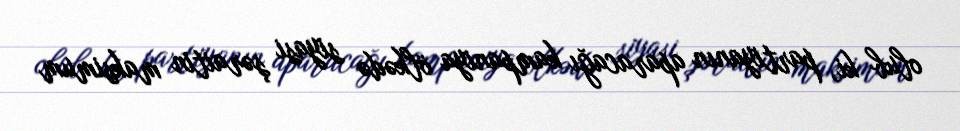
olub ki, partiyanın aparacağı kampaniya ölkədə siyasi şəraitin maksimum